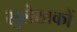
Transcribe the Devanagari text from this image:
सुलेखकों